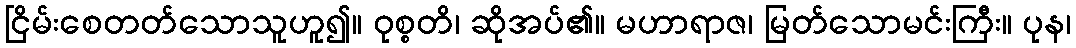
ငြိမ်းစေတတ်သောသူဟူ၍။ ဝုစ္စတိ၊ ဆိုအပ်၏။ မဟာရာဇ၊ မြတ်သောမင်းကြီး။ ပုန၊